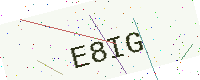
Text: E8IG